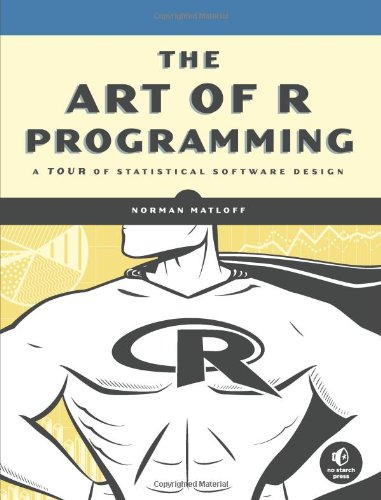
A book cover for The Art of R Programming: A Tour of Statistical Software Design; Norman Matloff; Computers & Technology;